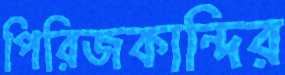
পিরিজকান্দির